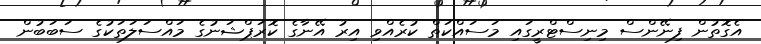
އެގޮތުން ފިނޭންސް މިނިސްޓްރީގައި މަސައްކަތް ކުރެއްވި އިރު އޭނާގެ ކޮރަޕްޝަނުގެ މައްސަލަަތަކުގެ ސަބަބުން